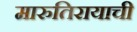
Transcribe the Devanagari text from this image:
मारुतिरायाची